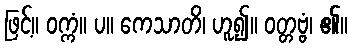
ဖြင့်။ ဝက္ကံ။ ပ။ ကေသာတိ၊ ဟူ၍။ ဝတ္တဗ္ဗံ၊ ၏။